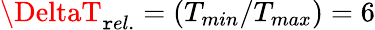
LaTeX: \DeltaT_{\mathtt{r}el.}=\left(T_{min}/T_{max}\right)=6